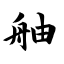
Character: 舳